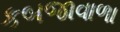
કબજાવાળા